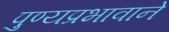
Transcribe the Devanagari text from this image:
पुण्यप्रभावाने